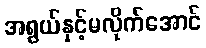
အရွယ်နှင့်မလိုက်အောင်